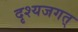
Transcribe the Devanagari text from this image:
दृश्यजगत्